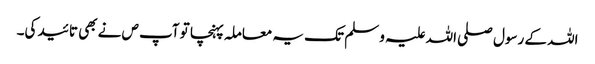
اللہ کے رسول صلی اللہ علیہ و سلم تک یہ معاملہ پہنچا تو آپ ص نے بھی تائید کی۔